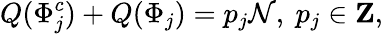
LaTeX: Q(\Phi_{j}^{c})+Q(\Phi_{j})=p_{j}\mathcal{N},\ p_{j}\in{\mathbf{Z}},